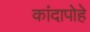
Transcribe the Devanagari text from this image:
कांदापोहे